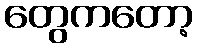
တွေကတော့